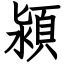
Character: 潁